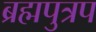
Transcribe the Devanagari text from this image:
ब्रह्मपुत्रप